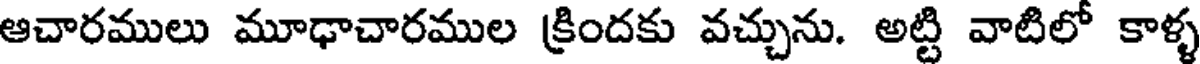
ఆచారములు మూఢాచారముల క్రిందకు వచ్చును. అట్టి వాటిలో కాళ్ళ